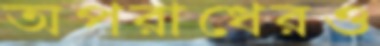
অপরাধেরও